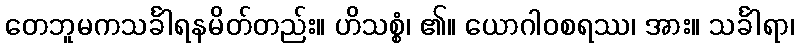
တေဘူမကသင်္ခါရနမိတ်တည်း။ ဟိသစ္စံ၊ ၏။ ယောဂါဝစရဿ၊ အား။ သင်္ခါရာ၊